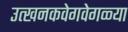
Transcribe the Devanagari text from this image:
उत्खनकवेगवेगळ्या